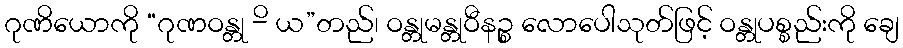
ဂုဏိယောကို “ဂုဏဝန္တု -ိ ယ”တည်၊ ဝန္တုမန္တုဝီနဉ္စ လောပေါသုတ်ဖြင့် ဝန္တုပစ္စည်းကို ချေ